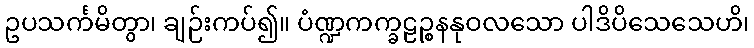
ဥပသင်္ကမိတွာ၊ ချဉ်းကပ်၍။ ပံဏ္ဍကက္ခဠဉ္စနနုဝလသော ပါဒိပိသေသေဟိ၊